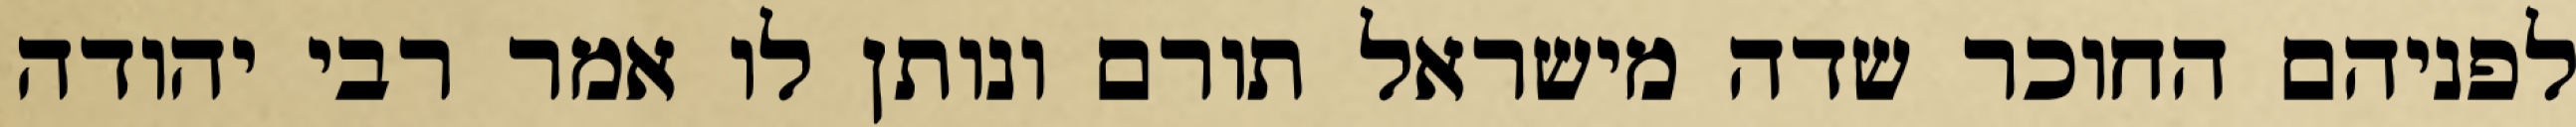
לפניהם החוכר שדה מישראל תורם ונותן לו אמר רבי יהודה